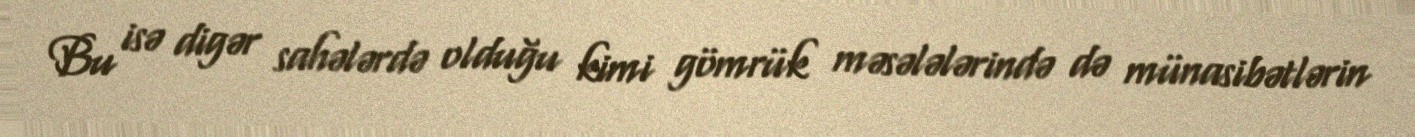
Bu isə digər sahələrdə olduğu kimi gömrük məsələlərində də münasibətlərin